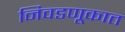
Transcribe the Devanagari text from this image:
निवडणूकात